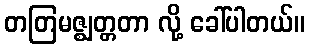
တတြမဇ္ဈတ္တတာ လို့ ခေါ်ပါတယ်။